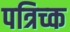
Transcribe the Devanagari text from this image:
पत्रिच्क